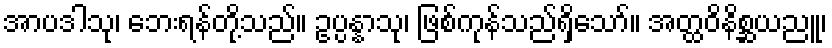
အာပဒါသု၊ ဘေးရန်တို့သည်။ ဥပ္ပန္နာသု၊ ဖြစ်ကုန်သည်ရှိသော်။ အတ္ထဝိနိစ္ဆယညူ၊